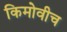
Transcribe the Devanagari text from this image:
किमोवीच